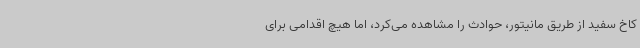
کاخ سفید از طریق مانیتور، حوادث را مشاهده می‌کرد، اما هیچ اقدامی برای